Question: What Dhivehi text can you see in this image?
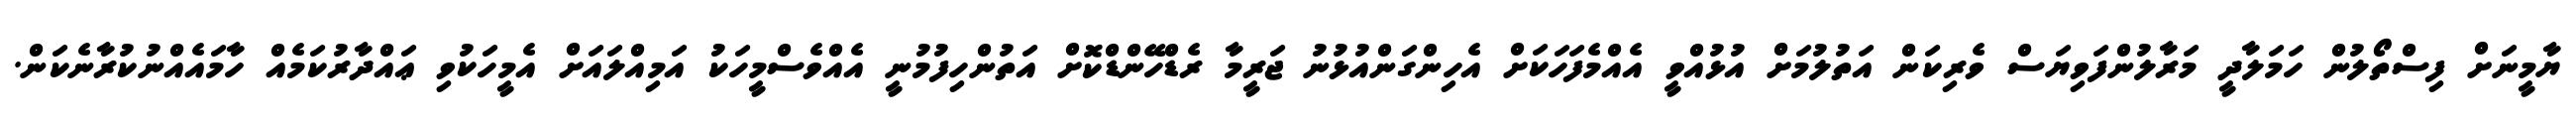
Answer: ޔާމީނަށް ފިސްތޯލުން ހަމަލާދީ މަރާލުންފަވިޔަސް ވެރިކަން އަތުލުމަށް އުޅުއްވީ އެއްމެފަހަކަށް އެހިންގަންއުޅުނު ޖަރީމާ ރެޑްހޭންޑްކޮށް އަތުންހިފުމުނީ އެއްވެސްމީހަކު އަމިއްލައަށް އެމީހަކުވި ޢައްދާރުކަމެއް ހާމައެއްނުކުރާނެކަން.